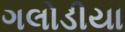
ગલોડીયા